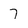
Character: 7